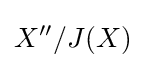
X^{\prime \prime }/J(X)